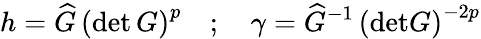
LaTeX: h=\widehat{G}\, \left(\mathrm{det}\, G\right)^{p}\quad;\quad\gamma=\widehat{G}^{-1}\, \left(\mathrm{det}G\right)^{-2p}